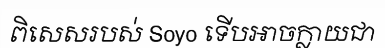
ពិសេសរបស់ Soyo ទើបអាចក្លាយជា